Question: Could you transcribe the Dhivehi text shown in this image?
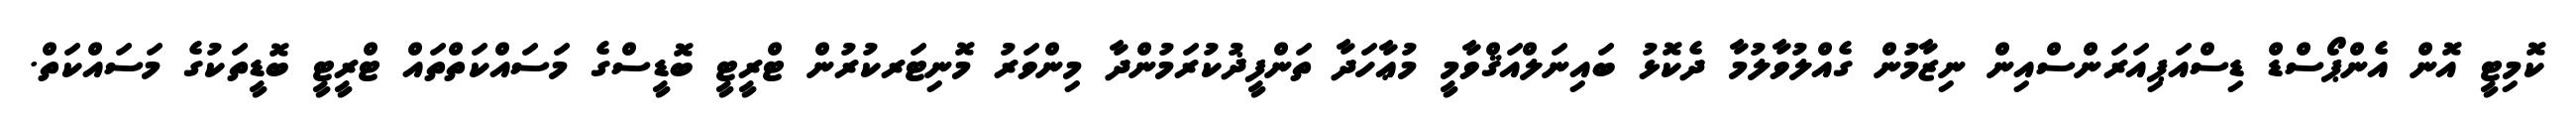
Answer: ކޮމިޓީ އޮން އެންޕޯސްޑް ޑިސްއަޕިއަރަންސްއިން ނިޒާމުން ގެއްލުވާލުމާ ދެކޮޅު ބައިނަލްއަޤްވާމީ މުޢާހަދާ ތަންފީޛުކުރަމުންދާ މިންވަރު މޮނިޓަރކުރުން ޓްރީޓީ ބޮޑީސްގެ މަސައްކަތްތައް ޓްރީޓީ ބޮޑީތަކުގެ މަސައްކަތް.